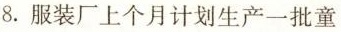
8.服装厂上个月计划生产一批童